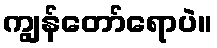
ကျွန်တော်ရောပဲ။